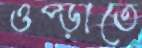
ওপ্‌ড়াতে